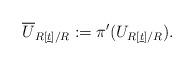
LaTeX: \begin{align*}\overline{U}_{R[\underline{t}]/R} := \pi'( U_{R[\underline{t}]/R}). \end{align*}